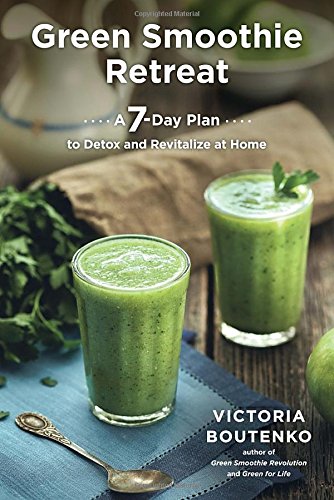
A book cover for Green Smoothie Retreat: A 7-Day Plan to Detox and Revitalize at Home; Victoria Boutenko; Cookbooks, Food & Wine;